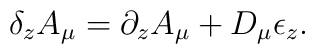
\delta_z A_\mu = \partial_z A_\mu  + D_\mu \epsilon_z .